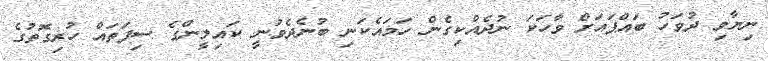
ނިޔާވި ދުވަހު ބައްޕައަށް ވާހަކަ ނުދެއްކިގެން ހަމައެކަނި ބުނެދެވުނީ ކައިލީންގެ ސިފަތައް ހުރިގޮތުގެ